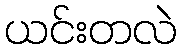
ယင်းတလဲ